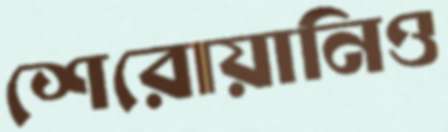
শেরোয়ানিও